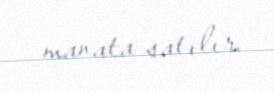
manata satılır.